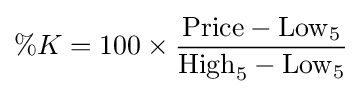
\%K=100\times {\frac {\mathrm {Price} -\mathrm {Low} _{5}}{\mathrm {High} _{5}-\mathrm {Low} _{5}}}